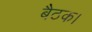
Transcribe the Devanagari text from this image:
बैठक।